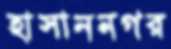
হাসাননগর